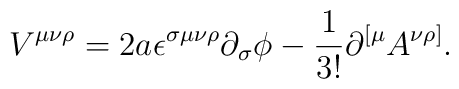
V^{\mu\nu\rho}=2a\epsilon^{\sigma\mu\nu\rho}\partial_{\sigma}\phi-\frac{1}{3!}\partial^{[\mu}A^{\nu\rho]}.